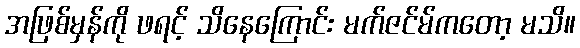
အဖြစ်မှန်ကို ဖရင့် သိနေကြောင်း မက်ဇင်မ်ကတော့ မသိ။